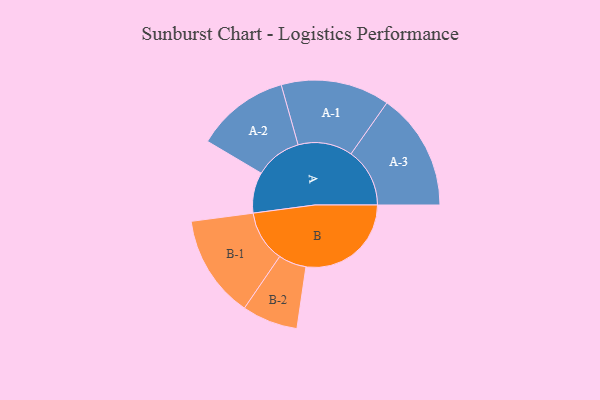
{"axis": {"x": "Segment", "y": "Value"}, "legend": ["", "A", "B"], "data": [{"x": "A", "y": 180, "type": ""}, {"x": "B", "y": 464, "type": ""}, {"x": "A-1", "y": 240, "type": "A"}, {"x": "A-2", "y": 206, "type": "A"}, {"x": "A-3", "y": 259, "type": "A"}, {"x": "B-1", "y": 227, "type": "B"}, {"x": "B-2", "y": 123, "type": "B"}]}